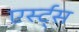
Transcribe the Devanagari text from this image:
एर्स्ट्स